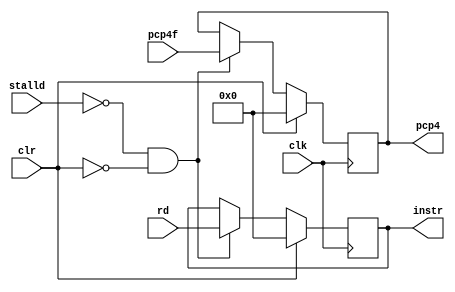
module id_reg(
input clk,
input[31:0] pcp4f,rd,
input stalld,clr,
output reg [31:0] instr, pcp4
);

// assign instrD = instr;
// assign pcp4D = pcp4;
initial begin
	// $monitor("%x,%x,%x,%x",rd,instrD,pcp4D,stalld,clr);
	instr <= 0;
	pcp4 <= 0;
end

always @(posedge clk) begin
	//$display($time," id posedgewrite ");
	if(!stalld & !clr) begin
		instr <= rd;
		pcp4 <= pcp4f;
	end
	else begin
		if(stalld) begin
			instr <= instr;
			pcp4 <= pcp4;
		end
	end
	if(clr == 1)begin
		instr <= 0;
		pcp4 <= 0;
	end
end

endmodule